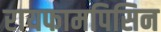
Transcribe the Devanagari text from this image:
रायफामपिसिन